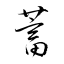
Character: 蓄